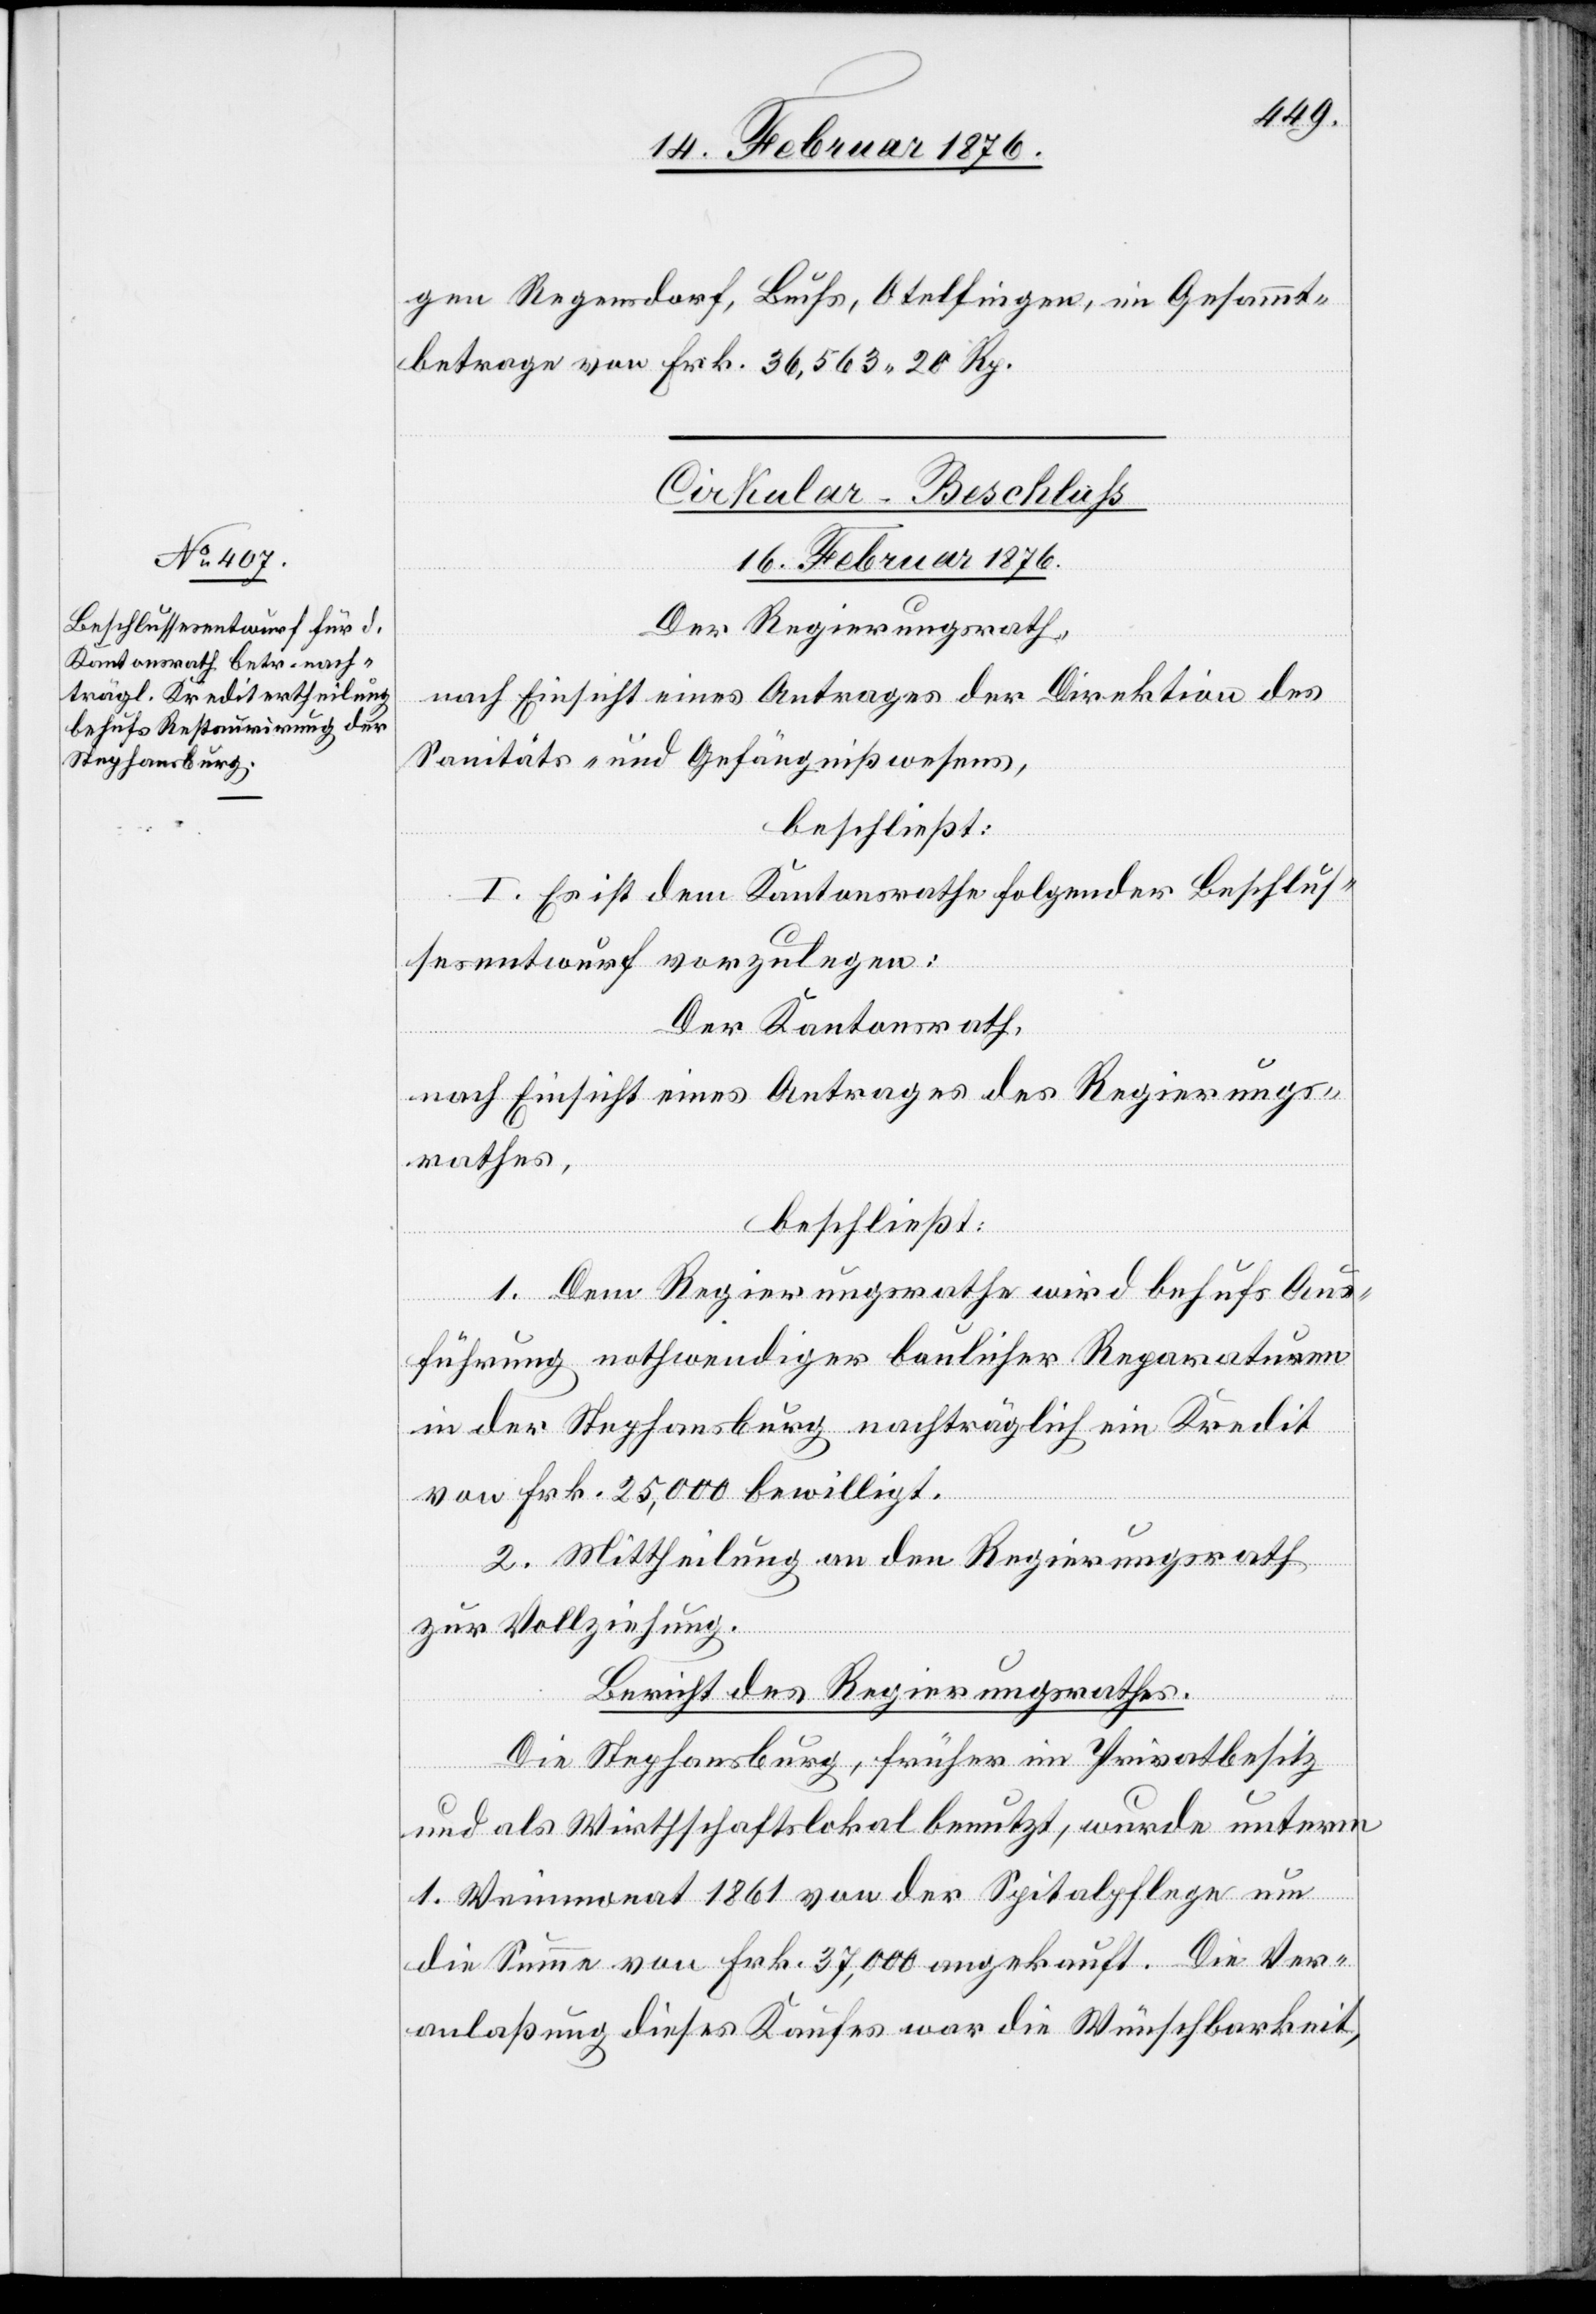
gen Regensdorf, Buchs, Otelfingen, im Gesammt¬
betrage von Frk. 36,563 20 Rp.
Cirkular-Beschluß
16. Februar 1876.
Der Regierungsrath,
nach Einsicht eines Antrages der Direktion des
Sanitäts- und Gefängnißwesens,
beschließt:
I. Es ist dem Kantonsrathe folgender Beschluße¬
sentwurf vorzulegen:
Der Kantonsrath,
Nach Einsicht eines Antrages des Regierungs¬
rathes,
beschließt:
1. Dem Regierungsrathe wird behufs Aus¬
führung nothwendiger baulicher Reparaturen
in der Stephansburg nachträglich ein Kredit
von Frk. 25,000 bewilligt.
2. Mittheilung an den Regierungsrath
zur Vollziehung.
Bericht des Regierungsrathes
Die Stephansburg, früher in Privatbesitz
und als Wirthschaftslokal benutzt, wurde unterm
1. Weinmonat 1861 von der Spitalpflege um
die Summe von Frk. 37,000 angekauft. Die Ver¬
anlaßung dieses Kaufes war die Wünschbarkeit,